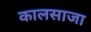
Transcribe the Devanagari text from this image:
कालसाजा